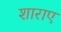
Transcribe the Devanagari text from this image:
शाराए